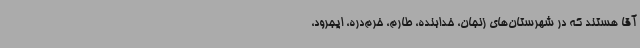
آقا هستند که در شهرستان‌های زنجان، خدابنده، طارم، خرم‌دره، ایجرود،